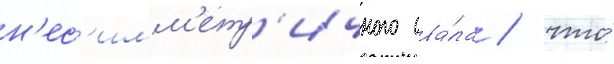
н'ес'имм'етр'ичного ова́ла / что́